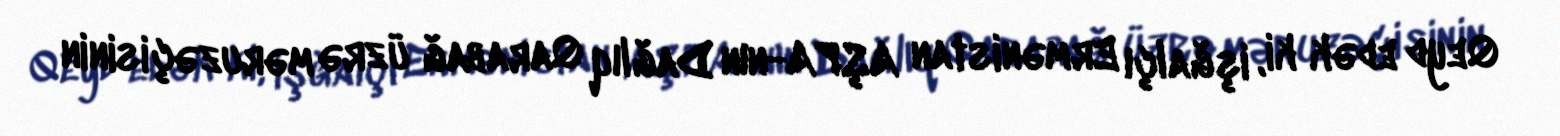
Qeyd edək ki, işğalçı Ermənistan AŞPA-nın Dağlıq Qarabağ üzrə məruzəçisinin